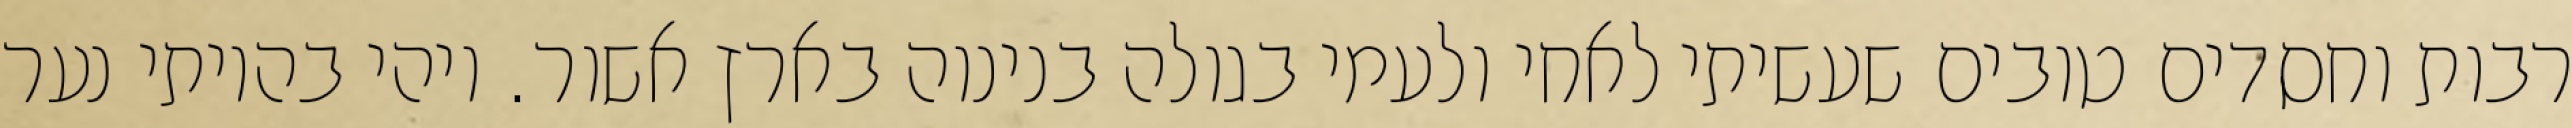
רבות וחסדים טובים שעשיתי לאחי ולעמי בגולה בנינוה בארץ אשור. ויהי בהיותי נער